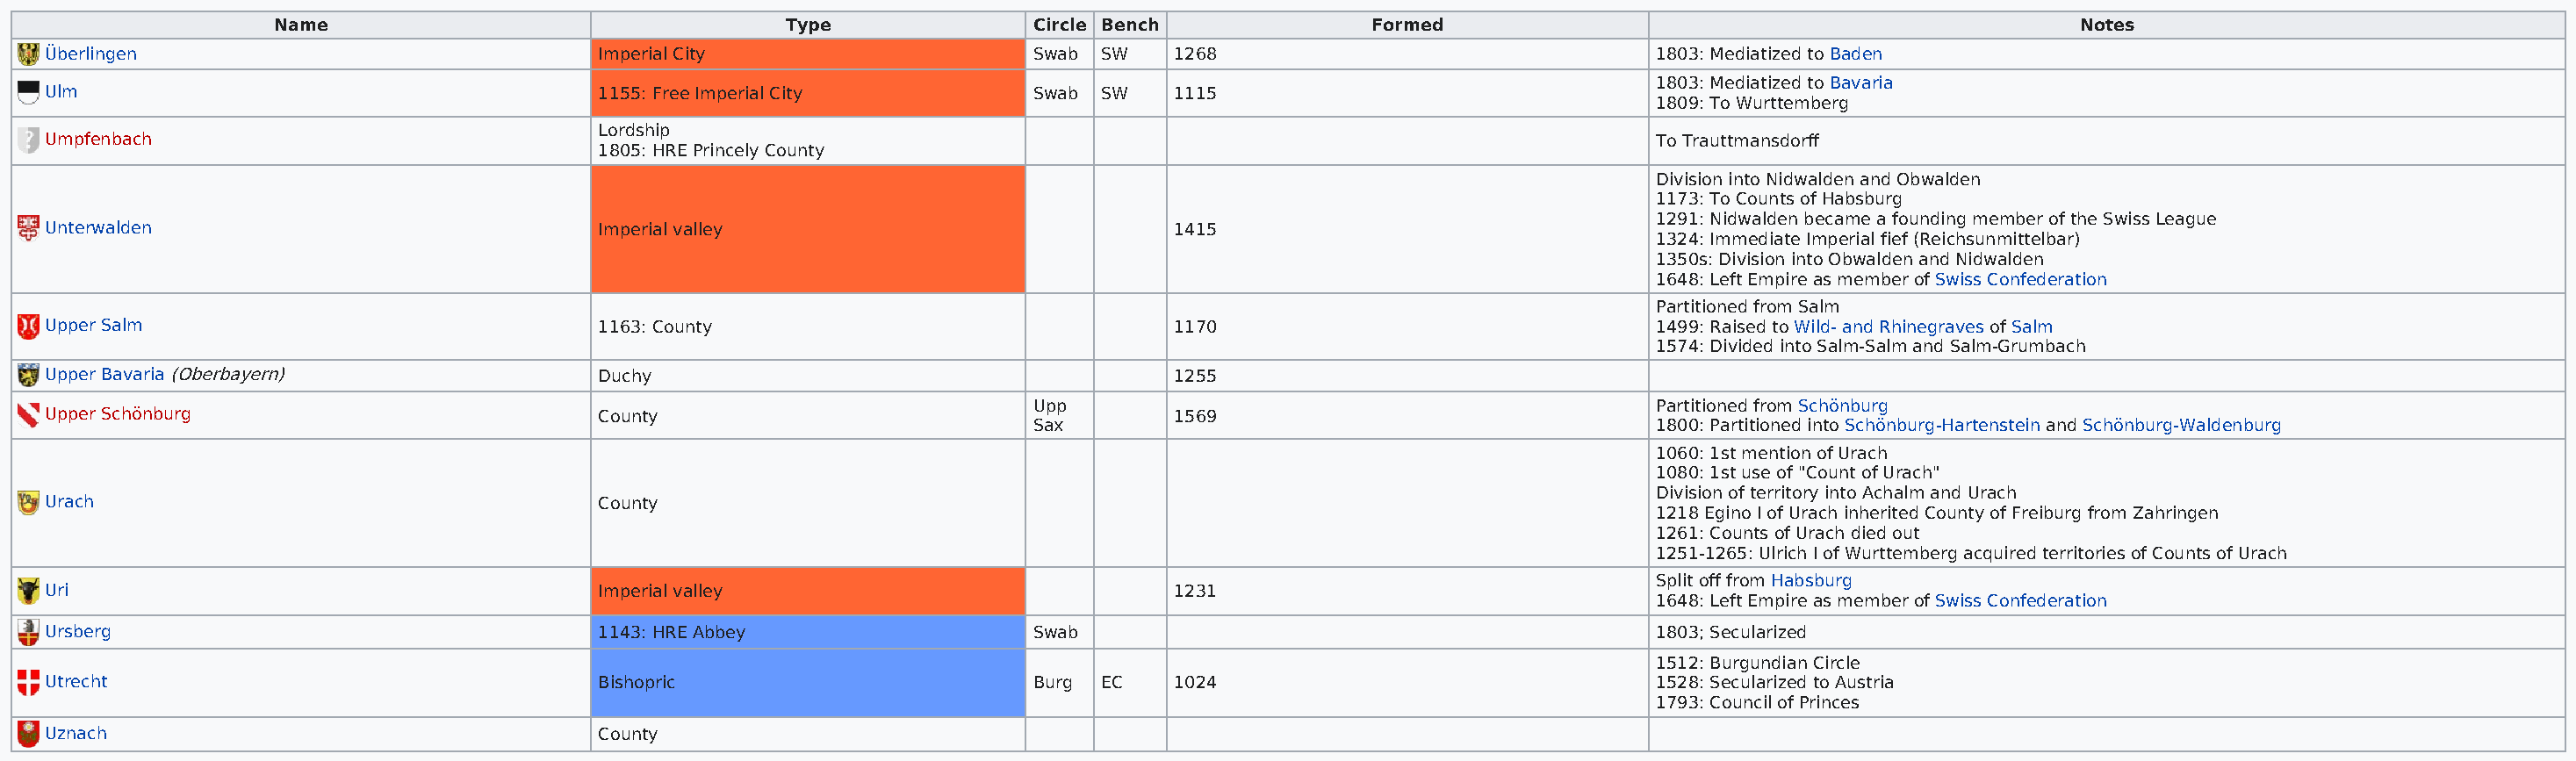
Name                                  Type               Circle Bench             Formed                                                Notes
 Überlingen                                Imperial City                    Swab SW    1268                                1803: Mediatized to Baden
 1803: Mediatized to Bavaria
 Ulm                                       1155: Free Imperial City         Swab SW    1115
 1809: To Wurttemberg
 Lordship
 Umpfenbach                                                                                                                To Trauttmansdorff
 1805: HRE Princely County
 Division into Nidwalden and Obwalden
 1173: To Counts of Habsburg
 1291: Nidwalden became a founding member of the Swiss League
 Unterwalden                               Imperial valley                             1415
 1324: Immediate Imperial fief (Reichsunmittelbar)
 1350s: Division into Obwalden and Nidwalden
 1648: Left Empire as member of Swiss Confederation
 Partitioned from Salm
 Upper Salm                                1163: County                                1170                                1499: Raised to Wild- and Rhinegraves of Salm
 1574: Divided into Salm-Salm and Salm-Grumbach
 Upper Bavaria (Oberbayern)                Duchy                                       1255
 Upp                                            Partitioned from Schönburg
 Upper Schönburg                           County                                      1569
 Sax                                            1800: Partitioned into Schönburg-Hartenstein and Schönburg-Waldenburg
 1060: 1st mention of Urach
 1080: 1st use of "Count of Urach"
 Division of territory into Achalm and Urach
 Urach                                     County
 1218 Egino I of Urach inherited County of Freiburg from Zahringen
 1261: Counts of Urach died out
 1251-1265: Ulrich I of Wurttemberg acquired territories of Counts of Urach
 Split off from Habsburg
 Uri                                       Imperial valley                             1231
 1648: Left Empire as member of Swiss Confederation
 Ursberg                                   1143: HRE Abbey                  Swab                                           1803; Secularized
 1512: Burgundian Circle
 Utrecht                                   Bishopric                        Burg EC    1024                                1528: Secularized to Austria
 1793: Council of Princes
 Uznach                                    County